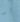
لو